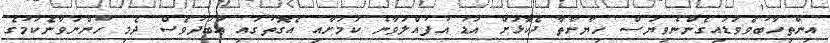
އިންތިހާބުވެވަޑައިގެންނެވިޔަސް ހިޔާނާތާ ދެކޮޅަށް އަޑު އުފުއްލަވާނެ ކަމަށާއި އެގޮތުގައި އަބަދުވެސް ދެމި ހުންނަވާނެކަމުގެ